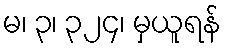
မ၊ ၃၊ ၃၂၄၊ မှယူရန်